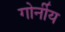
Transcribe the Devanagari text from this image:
गोर्नीय